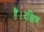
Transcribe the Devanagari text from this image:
हैं।दक्षिण